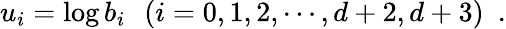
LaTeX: u_{i}=\log b_{i}\, \, \, \, (i=0,1,2,\cdots,{d+2},{d+3})\, \, \, .